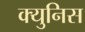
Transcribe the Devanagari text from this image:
क्युनिस